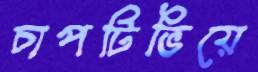
চাপটিভিয়ে